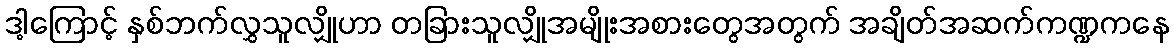
ဒါ့ကြောင့် နှစ်ဘက်လွှသူလျှိုဟာ တခြားသူလျှိုအမျိုးအစားတွေအတွက် အချိတ်အဆက်ကဏ္ဍကနေ